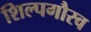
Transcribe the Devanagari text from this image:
शिल्पगौरव